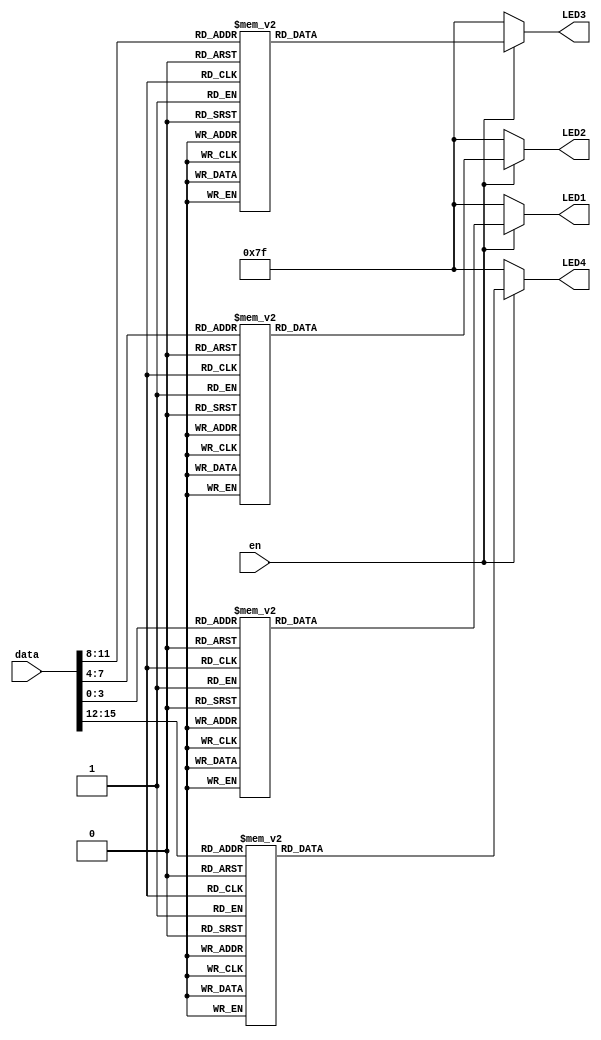
module BCDto7LED(LED4, LED3, LED2, LED1, data, en);
	output reg [6:0] LED4, LED3, LED2, LED1;
	input [15:0] data;
	input en;
	
	
	reg [4:0] i;
	
	always @(*) begin
		if (!en)    LED4 <= 7'b1111111; // No display 
		else case (data[15:12])
			4'b0000: LED4 <= 7'b0000001; // 0
			4'b0001: LED4 <= 7'b1001111; // 1
			4'b0010: LED4 <= 7'b0010010; // 2
			4'b0011: LED4 <= 7'b0000110; // 3
			4'b0100: LED4 <= 7'b1001100; // 4
			4'b0101: LED4 <= 7'b0100100; // 5
			4'b0110: LED4 <= 7'b0100000; // 6
			4'b0111: LED4 <= 7'b0001111; // 7
			4'b1000: LED4 <= 7'b0000000; // 8
			default: LED4 <= 7'b0000100; // 9
		endcase
		if (!en)    LED3 <= 7'b1111111; // No display 
		else case (data[11: 8])
			4'b0000: LED3 <= 7'b0000001; // 0
			4'b0001: LED3 <= 7'b1001111; // 1
			4'b0010: LED3 <= 7'b0010010; // 2
			4'b0011: LED3 <= 7'b0000110; // 3
			4'b0100: LED3 <= 7'b1001100; // 4
			4'b0101: LED3 <= 7'b0100100; // 5
			4'b0110: LED3 <= 7'b0100000; // 6
			4'b0111: LED3 <= 7'b0001111; // 7
			4'b1000: LED3 <= 7'b0000000; // 8
			default: LED3 <= 7'b0000100; // 9
		endcase
		if (!en)    LED2 <= 7'b1111111; // No display 
		else case (data[ 7: 4])
			4'b0000: LED2 <= 7'b0000001; // 0
			4'b0001: LED2 <= 7'b1001111; // 1
			4'b0010: LED2 <= 7'b0010010; // 2
			4'b0011: LED2 <= 7'b0000110; // 3
			4'b0100: LED2 <= 7'b1001100; // 4
			4'b0101: LED2 <= 7'b0100100; // 5
			4'b0110: LED2 <= 7'b0100000; // 6
			4'b0111: LED2 <= 7'b0001111; // 7
			4'b1000: LED2 <= 7'b0000000; // 8
			default: LED2 <= 7'b0000100; // 9
		endcase
		if (!en)    LED1 <= 7'b1111111; // No display 
		else case (data[ 3: 0])
			4'b0000: LED1 <= 7'b0000001; // 0
			4'b0001: LED1 <= 7'b1001111; // 1
			4'b0010: LED1 <= 7'b0010010; // 2
			4'b0011: LED1 <= 7'b0000110; // 3
			4'b0100: LED1 <= 7'b1001100; // 4
			4'b0101: LED1 <= 7'b0100100; // 5
			4'b0110: LED1 <= 7'b0100000; // 6
			4'b0111: LED1 <= 7'b0001111; // 7
			4'b1000: LED1 <= 7'b0000000; // 8
			default: LED1 <= 7'b0000100; // 9
		endcase
	end
endmodule